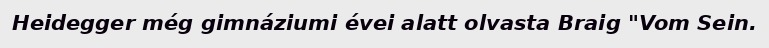
Heidegger még gimnáziumi évei alatt olvasta Braig "Vom Sein.